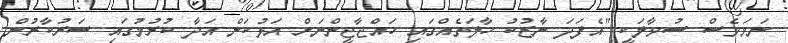
ނަމަވެސް ސުވާލަކީ "އެފަދަ ނާޒުކު ހާލަތެއްގައި ހައްޖާޖީންނަށް އަޅުކަން އަދާ ކުރުމުގައި ސަރުކާރުން